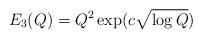
LaTeX: \begin{align*}E_3(Q)=Q^{2}\exp(c\sqrt{\log Q})\end{align*}